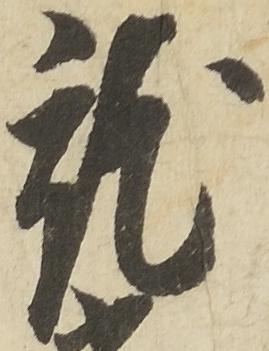
就